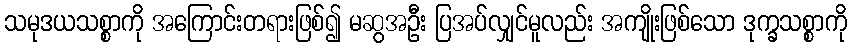
သမုဒယသစ္စာကို အကြောင်းတရားဖြစ်၍ မဆွအဦး ပြအပ်လျှင်မူလည်း အကျိုးဖြစ်သော ဒုက္ခသစ္စာကို